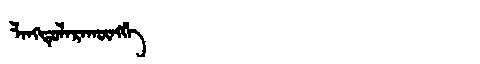
Manchu: ᠯᠠᠩᡨᡠᠯᠠᡵᠠᡴᡡᠩᡤᡝ
Romanization: LANGTULARAKŪNGGE